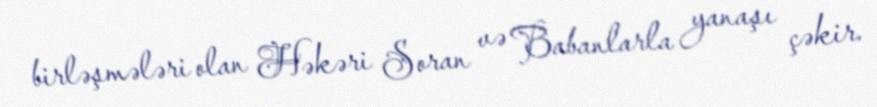
birləşmələri olan Həkəri Soran və Babanlarla yanaşı çəkir.